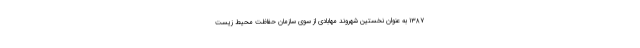
۱۳۸۷ به عنوان نخستین شهروند مهابادی از سوی سازمان حفاظت محیط زیست